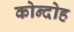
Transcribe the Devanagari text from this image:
कोन्‍दोह